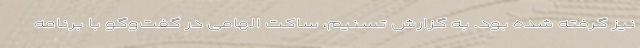
نیز گرفته شده بود. به گزارش تسنیم، ساکت الهامی در گفت‌وگو با برنامه